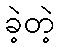
ခဲ့တဲ့